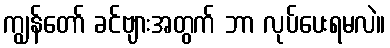
ကျွန်တော် ခင်ဗျားအတွက် ဘာ လုပ်ပေးရမလဲ။